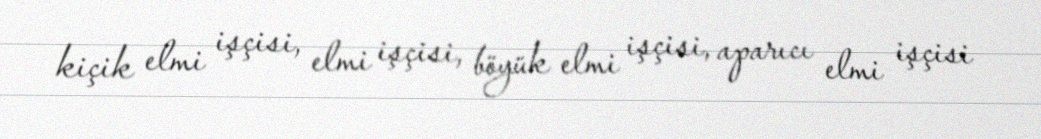
kiçik elmi işçisi, elmi işçisi, böyük elmi işçisi, aparıcı elmi işçisi